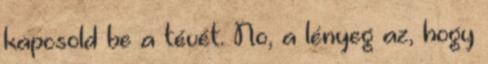
kapcsold be a tévét. No, a lényeg az, hogy